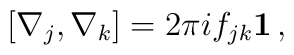
[\nabla_{j}, \nabla_{k}] = 2\pi i f_{jk}{\bf 1} \, ,